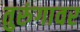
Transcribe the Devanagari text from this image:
तुरुंगावर